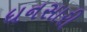
ધનસારી